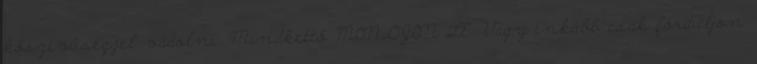
kőszívűséggel vádolni. Mindkettő MONDJON LE. Vagy inkább csak forduljon